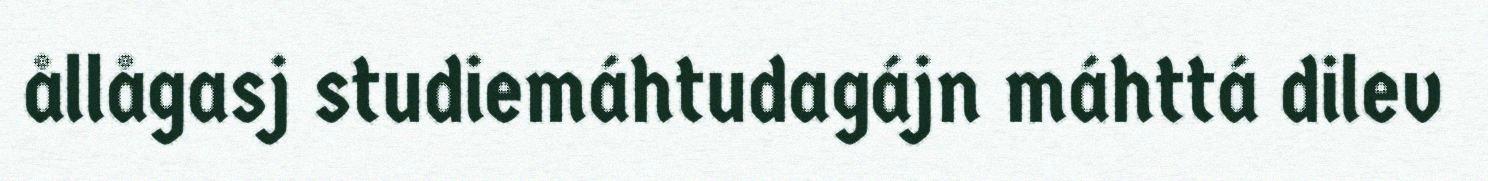
ållågasj studiemáhtudagájn máhttá dilev